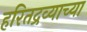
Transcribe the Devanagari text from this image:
हरितद्रव्याच्या